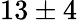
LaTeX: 13\pm 4